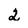
Character: 2